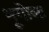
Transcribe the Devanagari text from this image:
भूगोलः